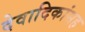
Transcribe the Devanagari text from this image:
देवादिकांसह